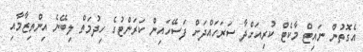
އެގޮތުން ނައިޓް މާކެޓް ކުރިއަށްދާ ސަރަހައްދަށް ފަސޭހައިން ކަރަންޓުގެ ހިދުމަތް ލިބޭނެ އިންތިޒާމާއި